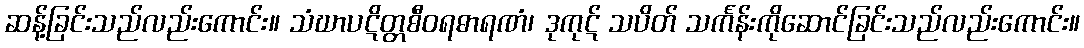
ဆန့်ခြင်းသည်လည်းကောင်း။ သံဃာပဋိတ္တစီဝရဓာရဏံ၊ ဒုကုဋ် သပိတ် သင်္ကန်းကိုဆောင်ခြင်းသည်လည်းကောင်း။